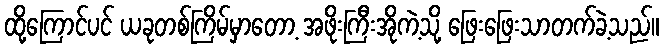
ထို့ကြောင်ပင် ယခုတစ်ကြိမ်မှာတော့ အဖိုးကြီးအိုကဲ့သို့ ဖြေးဖြေးသာတက်ခဲ့သည်။